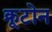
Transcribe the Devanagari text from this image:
क्रूटोन